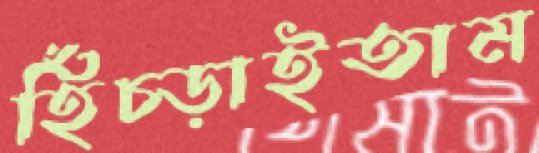
হিঁচ্‌ড়াইতাম